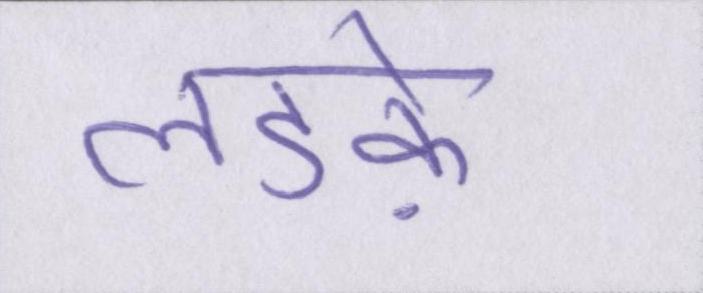
लडक़े